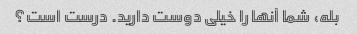
بله، شما آنها را خیلی دوست دارید. درست است؟